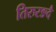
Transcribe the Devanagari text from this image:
तिरुरङदै